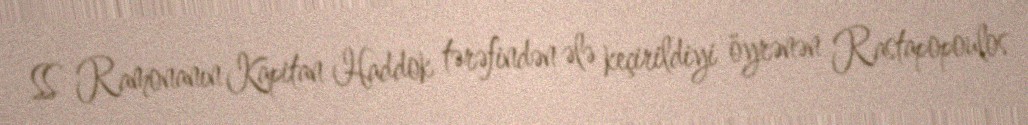
SS Ramonanın Kapitan Haddok tərəfindən ələ keçirildiyi öyrənən Rastapopoulos